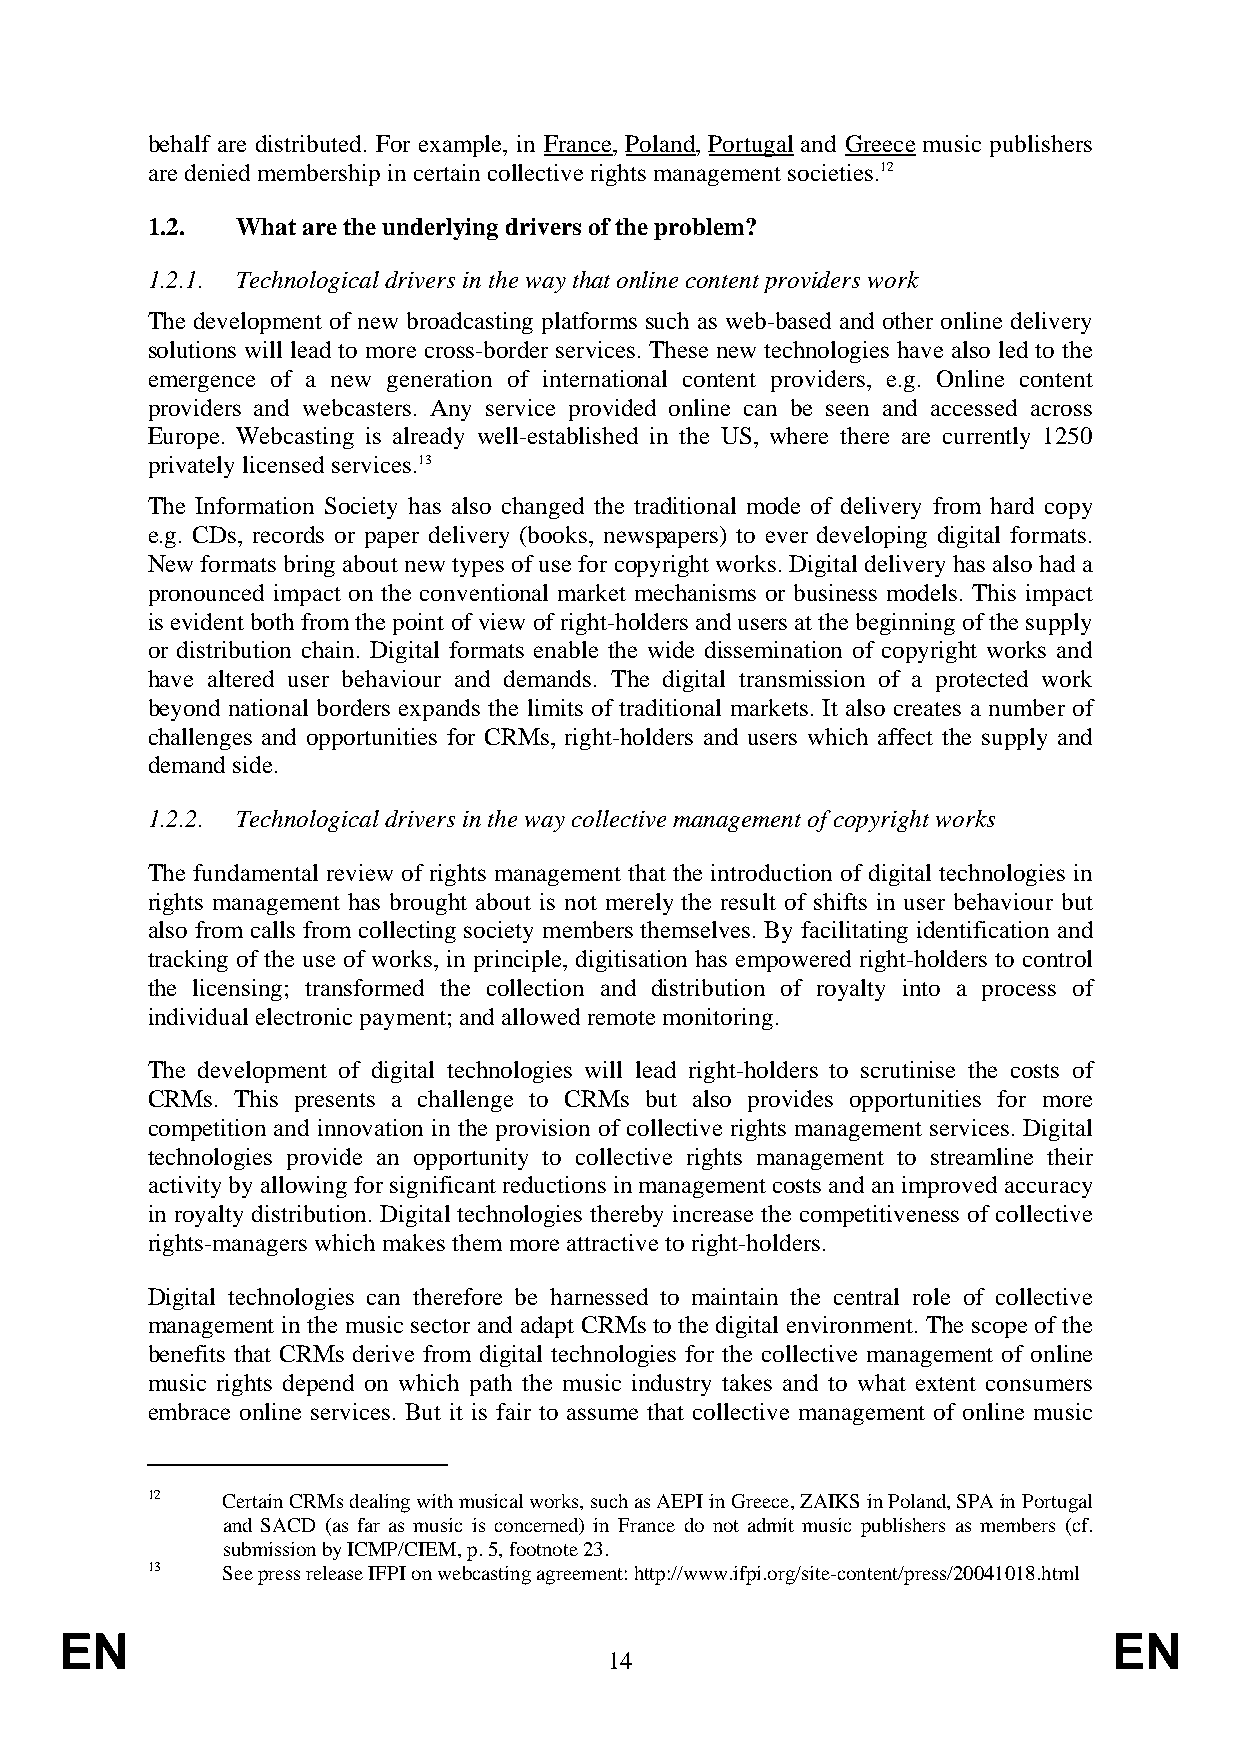
behalf are distributed. For example, in France, Poland, Portugal and Greece music publishers
 are denied membership in certain collective rights management societies.12
 1.2.  What are the underlying drivers of the problem?
 1.2.1. Technological drivers in the way that online content providers work
 The development of new broadcasting platforms such as web-based and other online delivery
 solutions will lead to more cross-border services. These new technologies have also led to the
 emergence of a new generation of international content providers, e.g. Online content
 providers and webcasters. Any service provided online can be seen and accessed across
 Europe. Webcasting is already well-established in the US, where there are currently 1250
 privately licensed services.13
 The Information Society has also changed the traditional mode of delivery from hard copy
 e.g. CDs, records or paper delivery (books, newspapers) to ever developing digital formats.
 New formats bring about new types of use for copyright works. Digital delivery has also had a
 pronounced impact on the conventional market mechanisms or business models. This impact
 is evident both from the point of view of right-holders and users at the beginning of the supply
 or distribution chain. Digital formats enable the wide dissemination of copyright works and
 have altered user behaviour and demands. The digital transmission of a protected work
 beyond national borders expands the limits of traditional markets. It also creates a number of
 challenges and opportunities for CRMs, right-holders and users which affect the supply and
 demand side.
 1.2.2. Technological drivers in the way collective management of copyright works
 The fundamental review of rights management that the introduction of digital technologies in
 rights management has brought about is not merely the result of shifts in user behaviour but
 also from calls from collecting society members themselves. By facilitating identification and
 tracking of the use of works, in principle, digitisation has empowered right-holders to control
 the licensing; transformed the collection and distribution of royalty into a process of
 individual electronic payment; and allowed remote monitoring.
 The development of digital technologies will lead right-holders to scrutinise the costs of
 CRMs. This presents a challenge to CRMs but also provides opportunities for more
 competition and innovation in the provision of collective rights management services. Digital
 technologies provide an opportunity to collective rights management to streamline their
 activity by allowing for significant reductions in management costs and an improved accuracy
 in royalty distribution. Digital technologies thereby increase the competitiveness of collective
 rights-managers which makes them more attractive to right-holders.
 Digital technologies can therefore be harnessed to maintain the central role of collective
 management in the music sector and adapt CRMs to the digital environment. The scope of the
 benefits that CRMs derive from digital technologies for the collective management of online
 music rights depend on which path the music industry takes and to what extent consumers
 embrace online services. But it is fair to assume that collective management of online music
 12   Certain CRMs dealing with musical works, such as AEPI in Greece, ZAIKS in Poland, SPA in Portugal
 and SACD (as far as music is concerned) in France do not admit music publishers as members (cf.
 submission by ICMP/CIEM, p. 5, footnote 23.
 13   See press release IFPI on webcasting agreement: http://www.ifpi.org/site-content/press/20041018.html
 EN                                                                    EN
 14